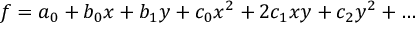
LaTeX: f = a _ { 0 } + b _ { 0 } x + b _ { 1 } y + c _ { 0 } x ^ { 2 } + 2 c _ { 1 } x y + c _ { 2 } y ^ { 2 } + \dots